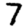
Digit: 7